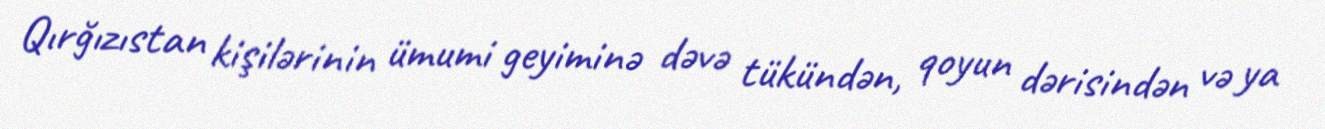
Qırğızıstan kişilərinin ümumi geyiminə dəvə tükündən, qoyun dərisindən və ya